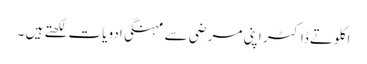
اکلوتے ڈاکٹر اپنی مرضی سے مہنگی ادویات لکھتے ہیں ۔